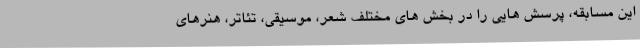
این مسابقه، پرسش هایی را در بخش های مختلف شعر، موسیقی، تئاتر، هنرهای